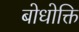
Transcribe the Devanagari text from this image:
बोधोक्ति